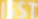
HST